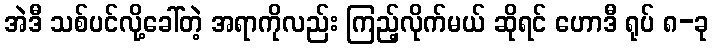
အဲဒီ သစ်ပင်လို့ခေါ်တဲ့ အရာကိုလည်း ကြည့်လိုက်မယ် ဆိုရင် ဟောဒီ ရုပ် ၈-ခု